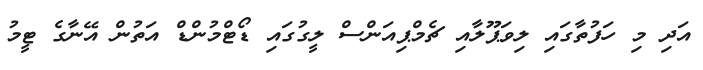
އަދި މި ހަފުތާގައި ލިވަޕޫލާއި ޗެމްޕިއަންސް ލީގުގައި ޑޯޓްމުންޑް އަތުން އޭނާގެ ޓީމު